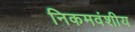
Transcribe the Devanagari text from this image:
निकमवंशीय